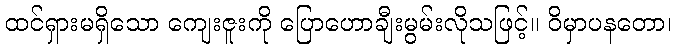
ထင်ရှားမရှိသော ကျေးဇူးကို ပြောဟောချီးမွမ်းလိုသဖြင့်။ ဝိမှာပနတော၊